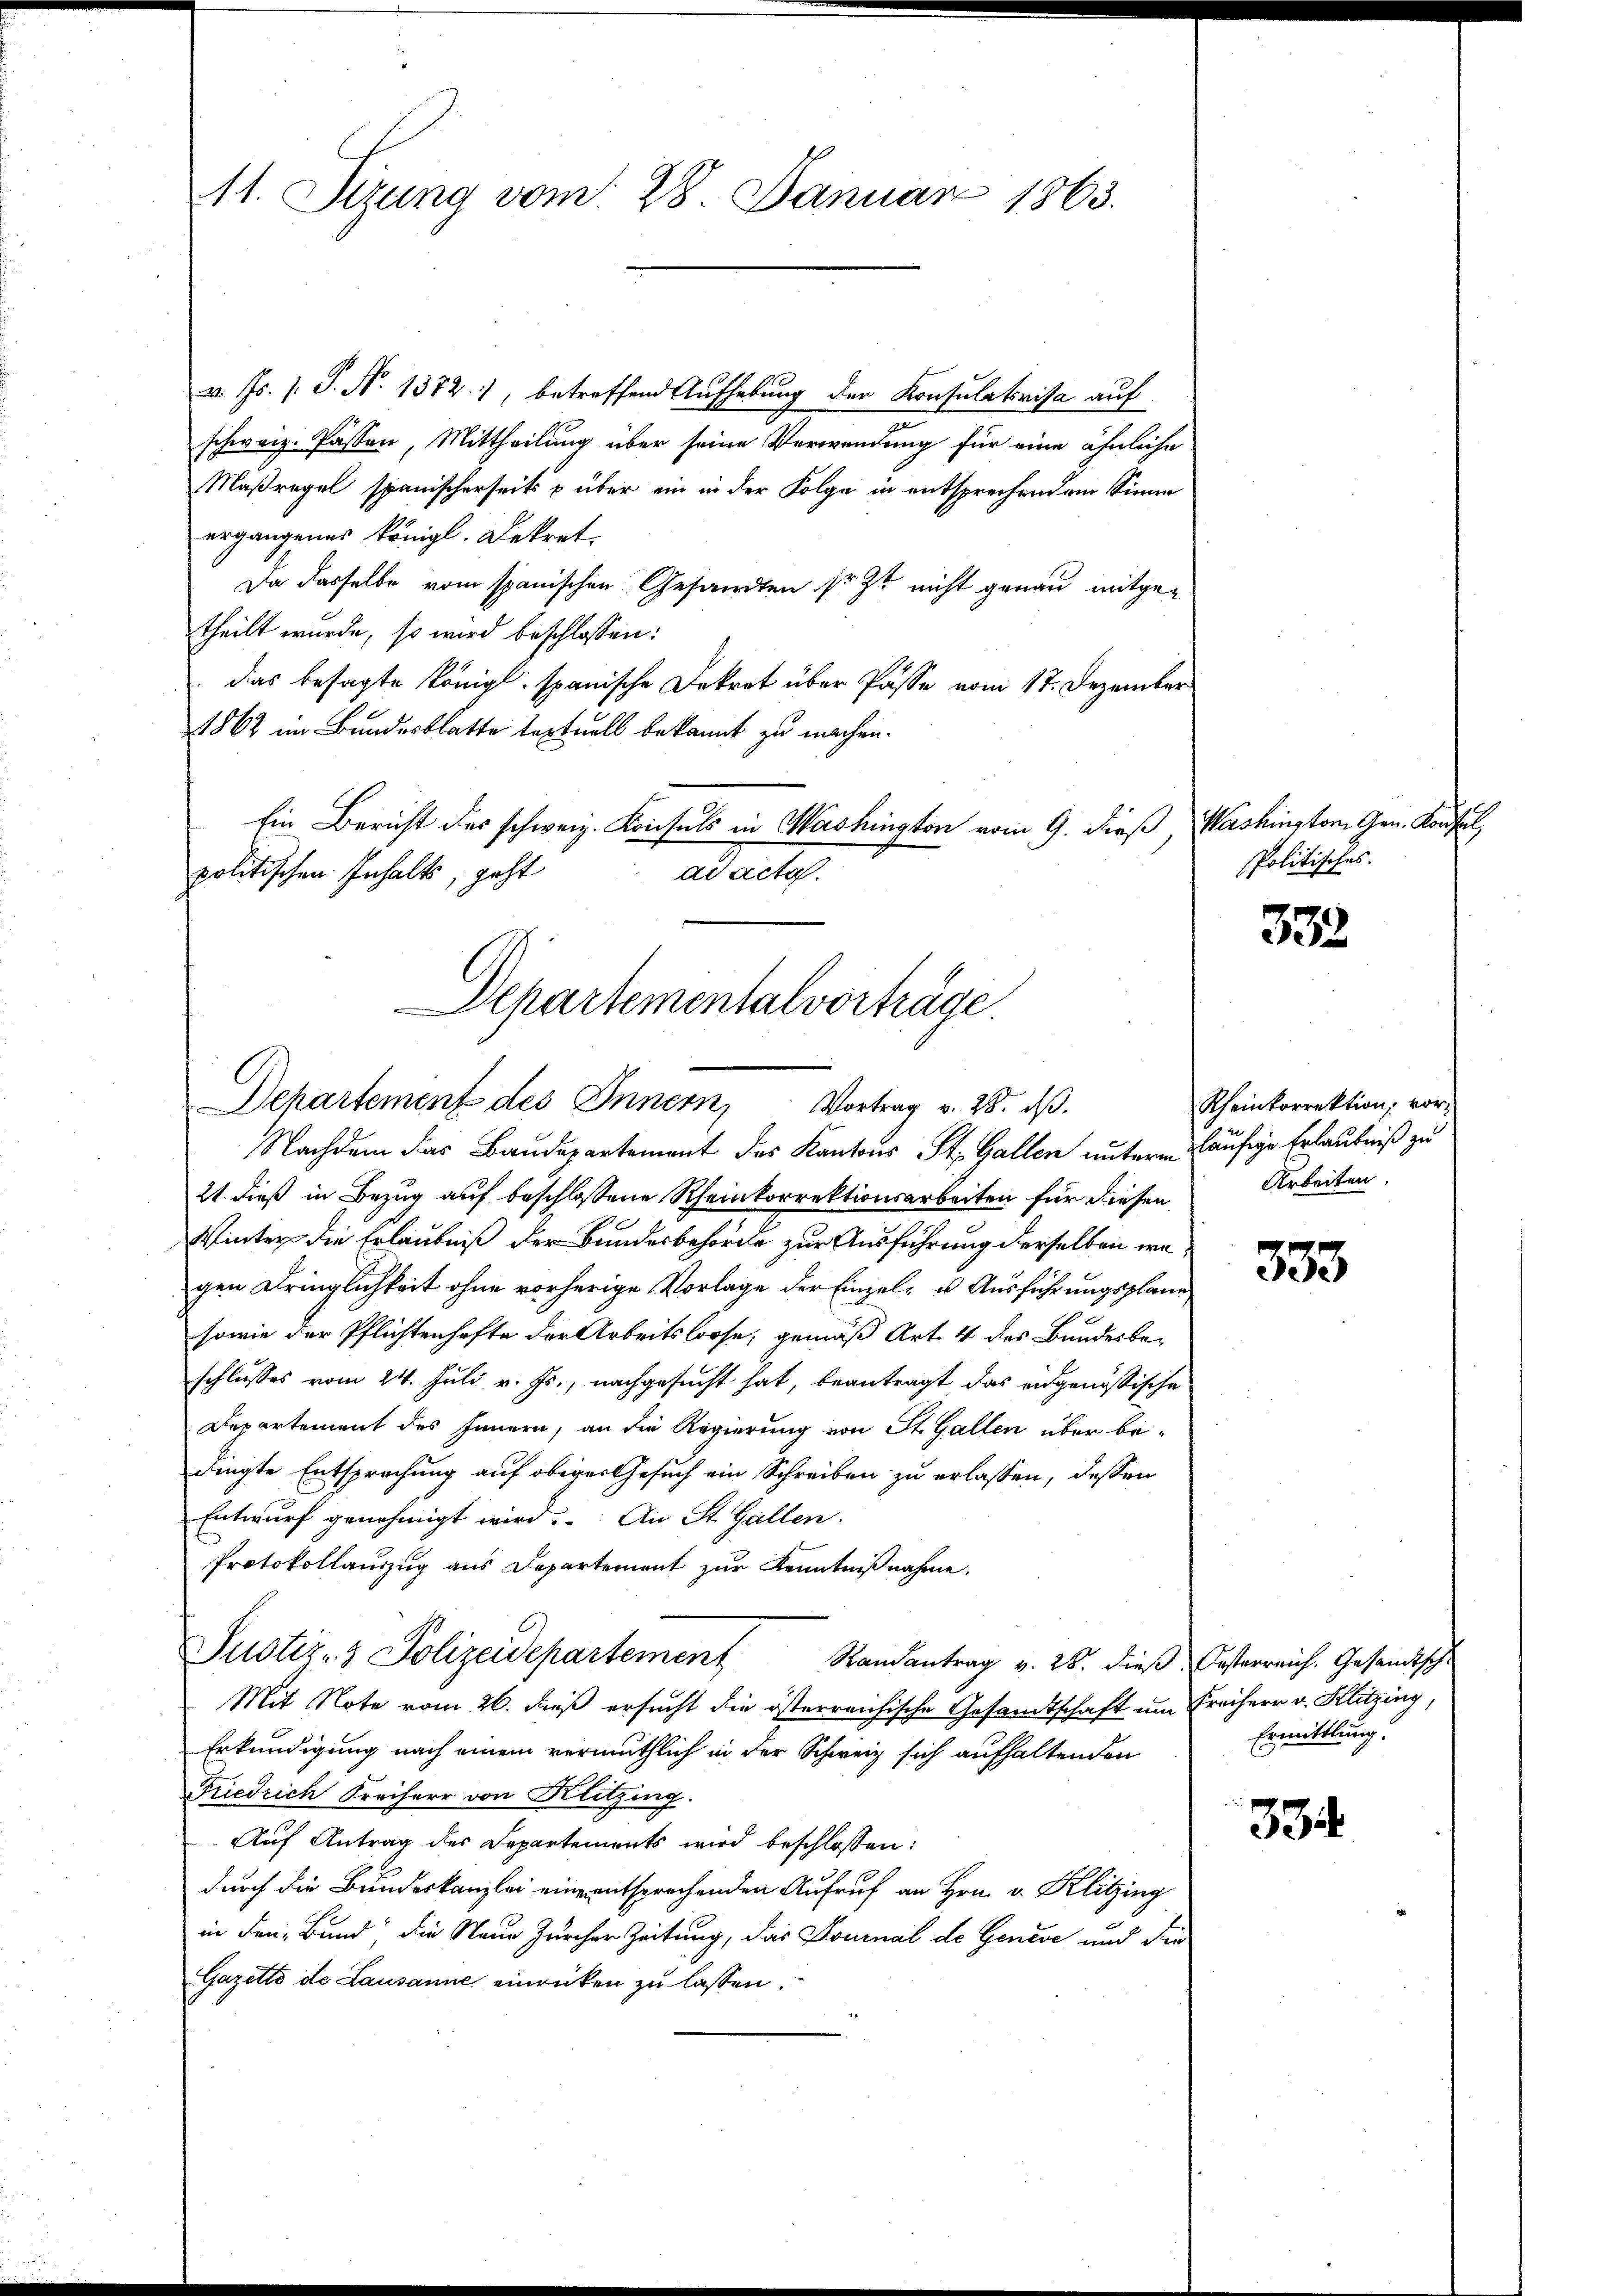
11. Sizung vom 28. Januar 1863.

v. Js. s. S. N. 1372), betreffend Aufhebung der Konsulativisa auf
schweiz. Passen, Mittheilung über seine Verwendung für eine ähnliche
Maßregel spanischerseits p über ein in der Folge in entsprechendem Sinne
ergangenes königl. Dekret,
Da dasselbe vom spanischen Gesandten so zu nicht genau mitgetheilt wurde, so wird beschlossen:
das besagte Königl. spanische Dekret über Pässe vom 17. Dezember
1862 im Bundesblatte textuell bekannt zu machen.
Ein Bericht des schweiz. Konsuls in Mashington vom 9. dieß, Washington Gen. Konsul
politischen Inhalts, geht
ad acta.
Departementalvorträge.

Departement des Innern, Vortrag v. 28. dβ.

Nachdem das Baudepartement des Kantons St. Gallen unterm häufige Erlaubniß zu
21. dieß in Bezug auf beschlossene Rheinkorrektionsarbeiten für diesen
Winter die Erlaubniß der Bundesbehörde zur Ausführung derselben wägen Dringlichkeit ohne vorherige Vorlage der Einzel- u Ausführungsplane
sowie der Pflichtenhafte der Arbeitsloose, gemäß Art. 4 des Bundesbeschlusses vom 24. Juli v. Js., nachgesucht hat, beantragt das eidgenössische
Departement des Innern, an die Regierung von St. Gallen über be-
dingte Entsprechung auf obiger Gesuch ein Schreiben zu erlassen, dessen
Entwurf genehmigt wird. An St. Gallen.
Protokollauszug aus Departement zur Kenntnißnahme.
Justiz- & Polizeidepartement Randantrag v. 28. dieß Oesterreich. Gesandische
Mit Note vom 26. dieß ersucht die österreichische Gesandtschaft um Freiherr v. Klitzing,
Erkundigung nach einem vermuthlich in der Schweiz sich aufhaltenden
Friedrich Freiherr von Klitzing.
Auf Antrag des Departements wird beschlossen:
durch die Bundeskanzlei eine entsprechenden Aufruf an Hrn. v. Klitzing
in den Bund“, die Neue Zürcher Zeitung, das Dominal de Genese und die
Gazetto de Lausanne einrücken zu lassen.

Politisches.

332

Rheinkorrektion, vor¬
Arbeiten.

333

Ermittlung.

334.